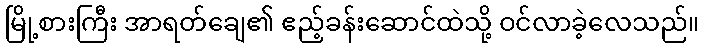
မြို့စားကြီး အာရတ်ချေ၏ ဧည့်ခန်းဆောင်ထဲသို့ ဝင်လာခဲ့လေသည်။